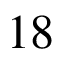
1 8